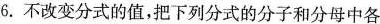
6.不改变分式的值，把下列分式的分子和分母中各